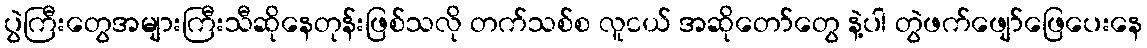
ပွဲကြီးတွေအများကြီးသီဆိုနေတုန်းဖြစ်သလို တက်သစ်စ လူငယ် အဆိုတော်တွေ နဲ့ပါ တွဲဖက်ဖျော်ဖြေပေးနေ